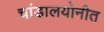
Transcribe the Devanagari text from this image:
चांडालयोनीत